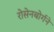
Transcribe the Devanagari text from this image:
रोसेनबोर्गने